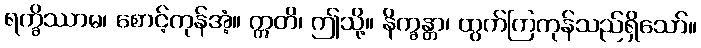
ရက္ခိဿာမ၊ စောင့်ကုန်အံ့။ ဣတိ၊ ဤသို့။ နိက္ခန္တာ၊ ထွက်ကြကုန်သည်ရှိသော်။